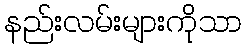
နည်းလမ်းများကိုသာ